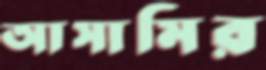
আসামির